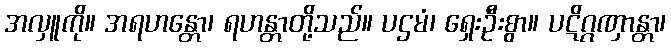
အလှူကို။ အရဟန္တော၊ ရဟန္တာတို့သည်။ ပဌမံ၊ ရှေးဦးစွာ။ ပဋိဂ္ဂဏှာန္တာ၊